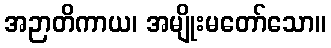
အဉာတိကာယ၊ အမျိုးမတော်သော။